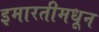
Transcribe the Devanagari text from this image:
इमारतीमधून